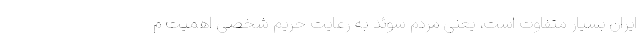
ایران بسیار متفاوت است، یعنی مردم سوئد به رعایت حریم شخصی اهمیت م